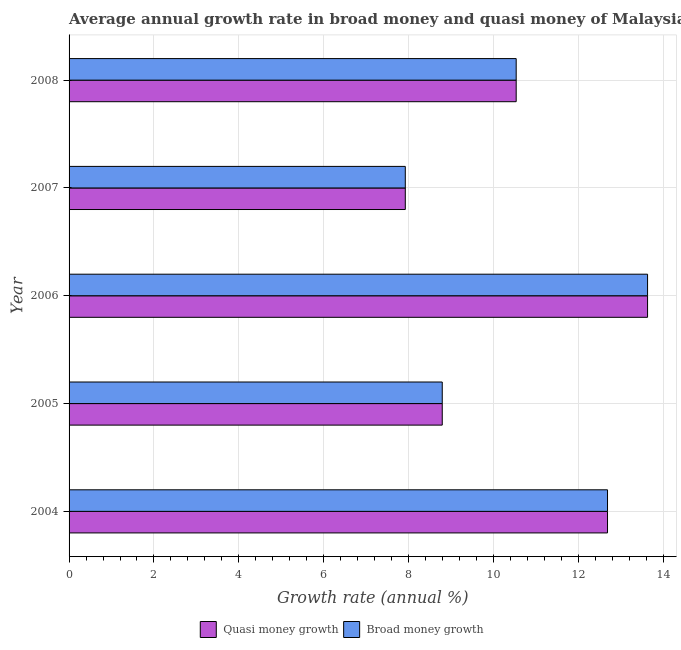
| Year | Quasi money growth | Broad money growth |
 | --- | --- | --- |
 | 2004 | 12.7 | 12.7 |
 | 2005 | 8.79 | 8.79 |
 | 2006 | 13.6 | 13.6 |
 | 2007 | 7.92 | 7.92 |
 | 2008 | 10.5 | 10.5 |